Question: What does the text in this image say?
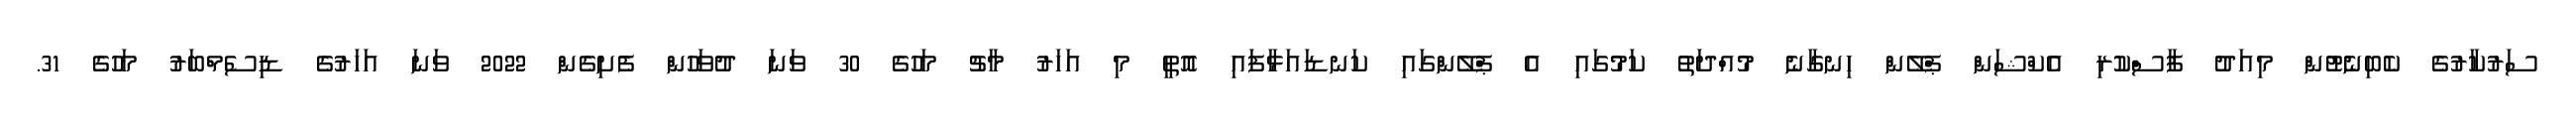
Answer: ސަރުކާރުގެ ކެބިނެޓުން މިއަދު ފާސްކުރި އެކްޝަން ޕްލޭން ހިނގާނެ މުއްދަތު ކަމުގައި އެ ޕްލޭންގައި ކަނޑައަޅާފައި އޮތީ މި އަހަރު މާޗު މަހުގެ 30 ވަނަ ދުވަހުން ފެށިގެން 2022 ވަނަ އަހަރުގެ ޑިސެމްބަރު މަހުގެ 31.